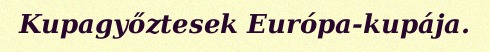
Kupagyőztesek Európa-kupája.